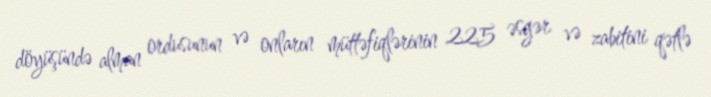
döyüşündə alman ordusunun və onların müttəfiqlərinin 225 əsgər və zabitini qətlə